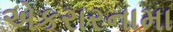
એકરારનામા